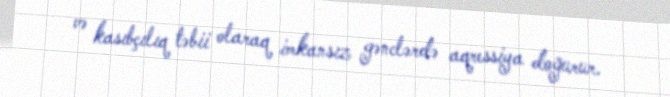
və kasıbçılıq təbii olaraq imkansız gənclərdə aqressiya doğurur.